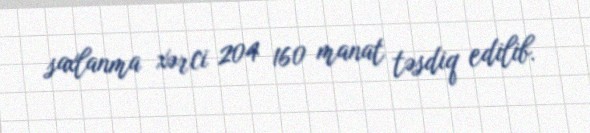
saxlanma xərci 204 160 manat təsdiq edilib.